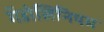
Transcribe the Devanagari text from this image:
गॅडोलिनियम